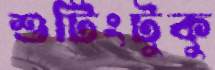
শুটিংটুকু